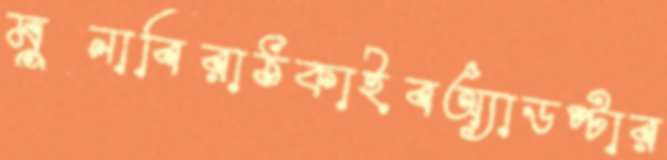
মুনাবিরাঠকাইবঅ্যাডপ্টার